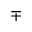
\mp